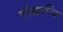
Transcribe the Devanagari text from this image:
रोबान्बि